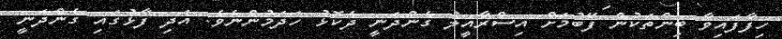
ހިފާފައިވާ ބިންތަކުން ފޭބުމަށް އިސްރާއީލު ގެންދަނީ ދެކޮޅު ހަދަމުންނެވެ. އަދި ފާޅުގައި ގެންދަނީ